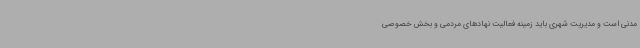
مدنی است و مدیریت شهری باید زمینه فعالیت نهادهای مردمی و بخش خصوصی